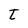
Character: t